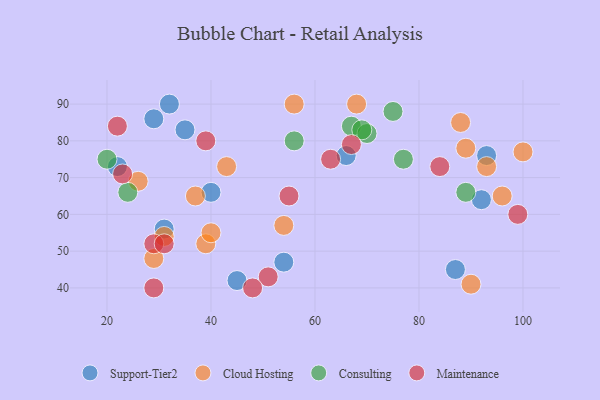
{"axis": {"x": "GDP", "y": "Life Expectancy"}, "legend": ["Cloud Hosting", "Consulting", "Maintenance", "Support-Tier2"], "data": [{"x": "93", "y": 76, "type": "Support-Tier2"}, {"x": "40", "y": 66, "type": "Support-Tier2"}, {"x": "35", "y": 83, "type": "Support-Tier2"}, {"x": "22", "y": 73, "type": "Support-Tier2"}, {"x": "66", "y": 76, "type": "Support-Tier2"}, {"x": "54", "y": 47, "type": "Support-Tier2"}, {"x": "31", "y": 56, "type": "Support-Tier2"}, {"x": "45", "y": 42, "type": "Support-Tier2"}, {"x": "32", "y": 90, "type": "Support-Tier2"}, {"x": "87", "y": 45, "type": "Support-Tier2"}, {"x": "29", "y": 86, "type": "Support-Tier2"}, {"x": "92", "y": 64, "type": "Support-Tier2"}, {"x": "100", "y": 77, "type": "Cloud Hosting"}, {"x": "39", "y": 52, "type": "Cloud Hosting"}, {"x": "90", "y": 41, "type": "Cloud Hosting"}, {"x": "26", "y": 69, "type": "Cloud Hosting"}, {"x": "54", "y": 57, "type": "Cloud Hosting"}, {"x": "88", "y": 85, "type": "Cloud Hosting"}, {"x": "89", "y": 78, "type": "Cloud Hosting"}, {"x": "93", "y": 73, "type": "Cloud Hosting"}, {"x": "96", "y": 65, "type": "Cloud Hosting"}, {"x": "56", "y": 90, "type": "Cloud Hosting"}, {"x": "68", "y": 90, "type": "Cloud Hosting"}, {"x": "43", "y": 73, "type": "Cloud Hosting"}, {"x": "40", "y": 55, "type": "Cloud Hosting"}, {"x": "37", "y": 65, "type": "Cloud Hosting"}, {"x": "29", "y": 48, "type": "Cloud Hosting"}, {"x": "31", "y": 54, "type": "Cloud Hosting"}, {"x": "67", "y": 84, "type": "Consulting"}, {"x": "75", "y": 88, "type": "Consulting"}, {"x": "24", "y": 66, "type": "Consulting"}, {"x": "70", "y": 82, "type": "Consulting"}, {"x": "56", "y": 80, "type": "Consulting"}, {"x": "20", "y": 75, "type": "Consulting"}, {"x": "89", "y": 66, "type": "Consulting"}, {"x": "77", "y": 75, "type": "Consulting"}, {"x": "69", "y": 83, "type": "Consulting"}, {"x": "55", "y": 65, "type": "Maintenance"}, {"x": "67", "y": 79, "type": "Maintenance"}, {"x": "84", "y": 73, "type": "Maintenance"}, {"x": "51", "y": 43, "type": "Maintenance"}, {"x": "29", "y": 40, "type": "Maintenance"}, {"x": "99", "y": 60, "type": "Maintenance"}, {"x": "48", "y": 40, "type": "Maintenance"}, {"x": "63", "y": 75, "type": "Maintenance"}, {"x": "22", "y": 84, "type": "Maintenance"}, {"x": "39", "y": 80, "type": "Maintenance"}, {"x": "29", "y": 52, "type": "Maintenance"}, {"x": "31", "y": 52, "type": "Maintenance"}, {"x": "23", "y": 71, "type": "Maintenance"}]}